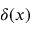
\delta ( x )